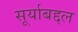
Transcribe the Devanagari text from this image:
सूर्याबद्दल